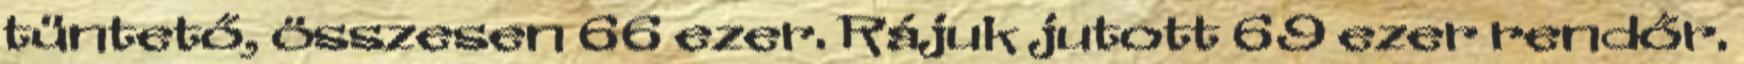
tüntető, összesen 66 ezer. Rájuk jutott 69 ezer rendőr.